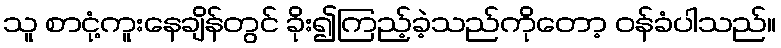
သူ စာငုံ့ကူးနေချိန်တွင် ခိုး၍ကြည့်ခဲ့သည်ကိုတော့ ဝန်ခံပါသည်။